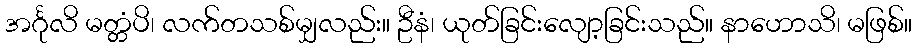
အင်္ဂုလိ မတ္တံပိ၊ လက်တသစ်မျှလည်း။ ဦနံ၊ ယုတ်ခြင်းလျော့ခြင်းသည်။ နာဟောသိ၊ မဖြစ်။